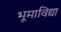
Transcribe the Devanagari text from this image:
भूमाविद्या